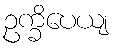
ဥက္ခိပေယျ